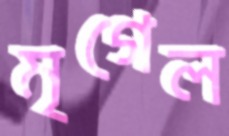
মৃগেল